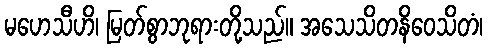
မဟေသီဟိ၊ မြတ်စွာဘုရားတို့သည်။ အသေသိတနိဝေသိတံ၊